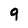
Character: 9